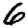
Digit: 6